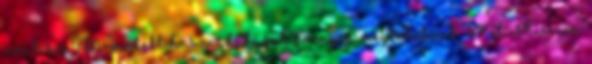
amit az 5M-modell használatával könnyen megtehetünk. 1. Cél Mission